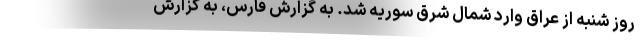
روز شنبه از عراق وارد شمال شرق سوریه شد. به گزارش فارس، به گزارش